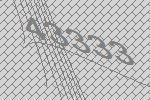
43333